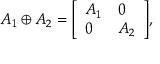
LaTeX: A _ { 1 } \oplus A _ { 2 } = { \left[ \begin{array} { l l } { A _ { 1 } } & { 0 } \\ { 0 } & { A _ { 2 } } \end{array} \right] } ,